NAE_ERA_R-2362_Emakeele_Selts, lk 5
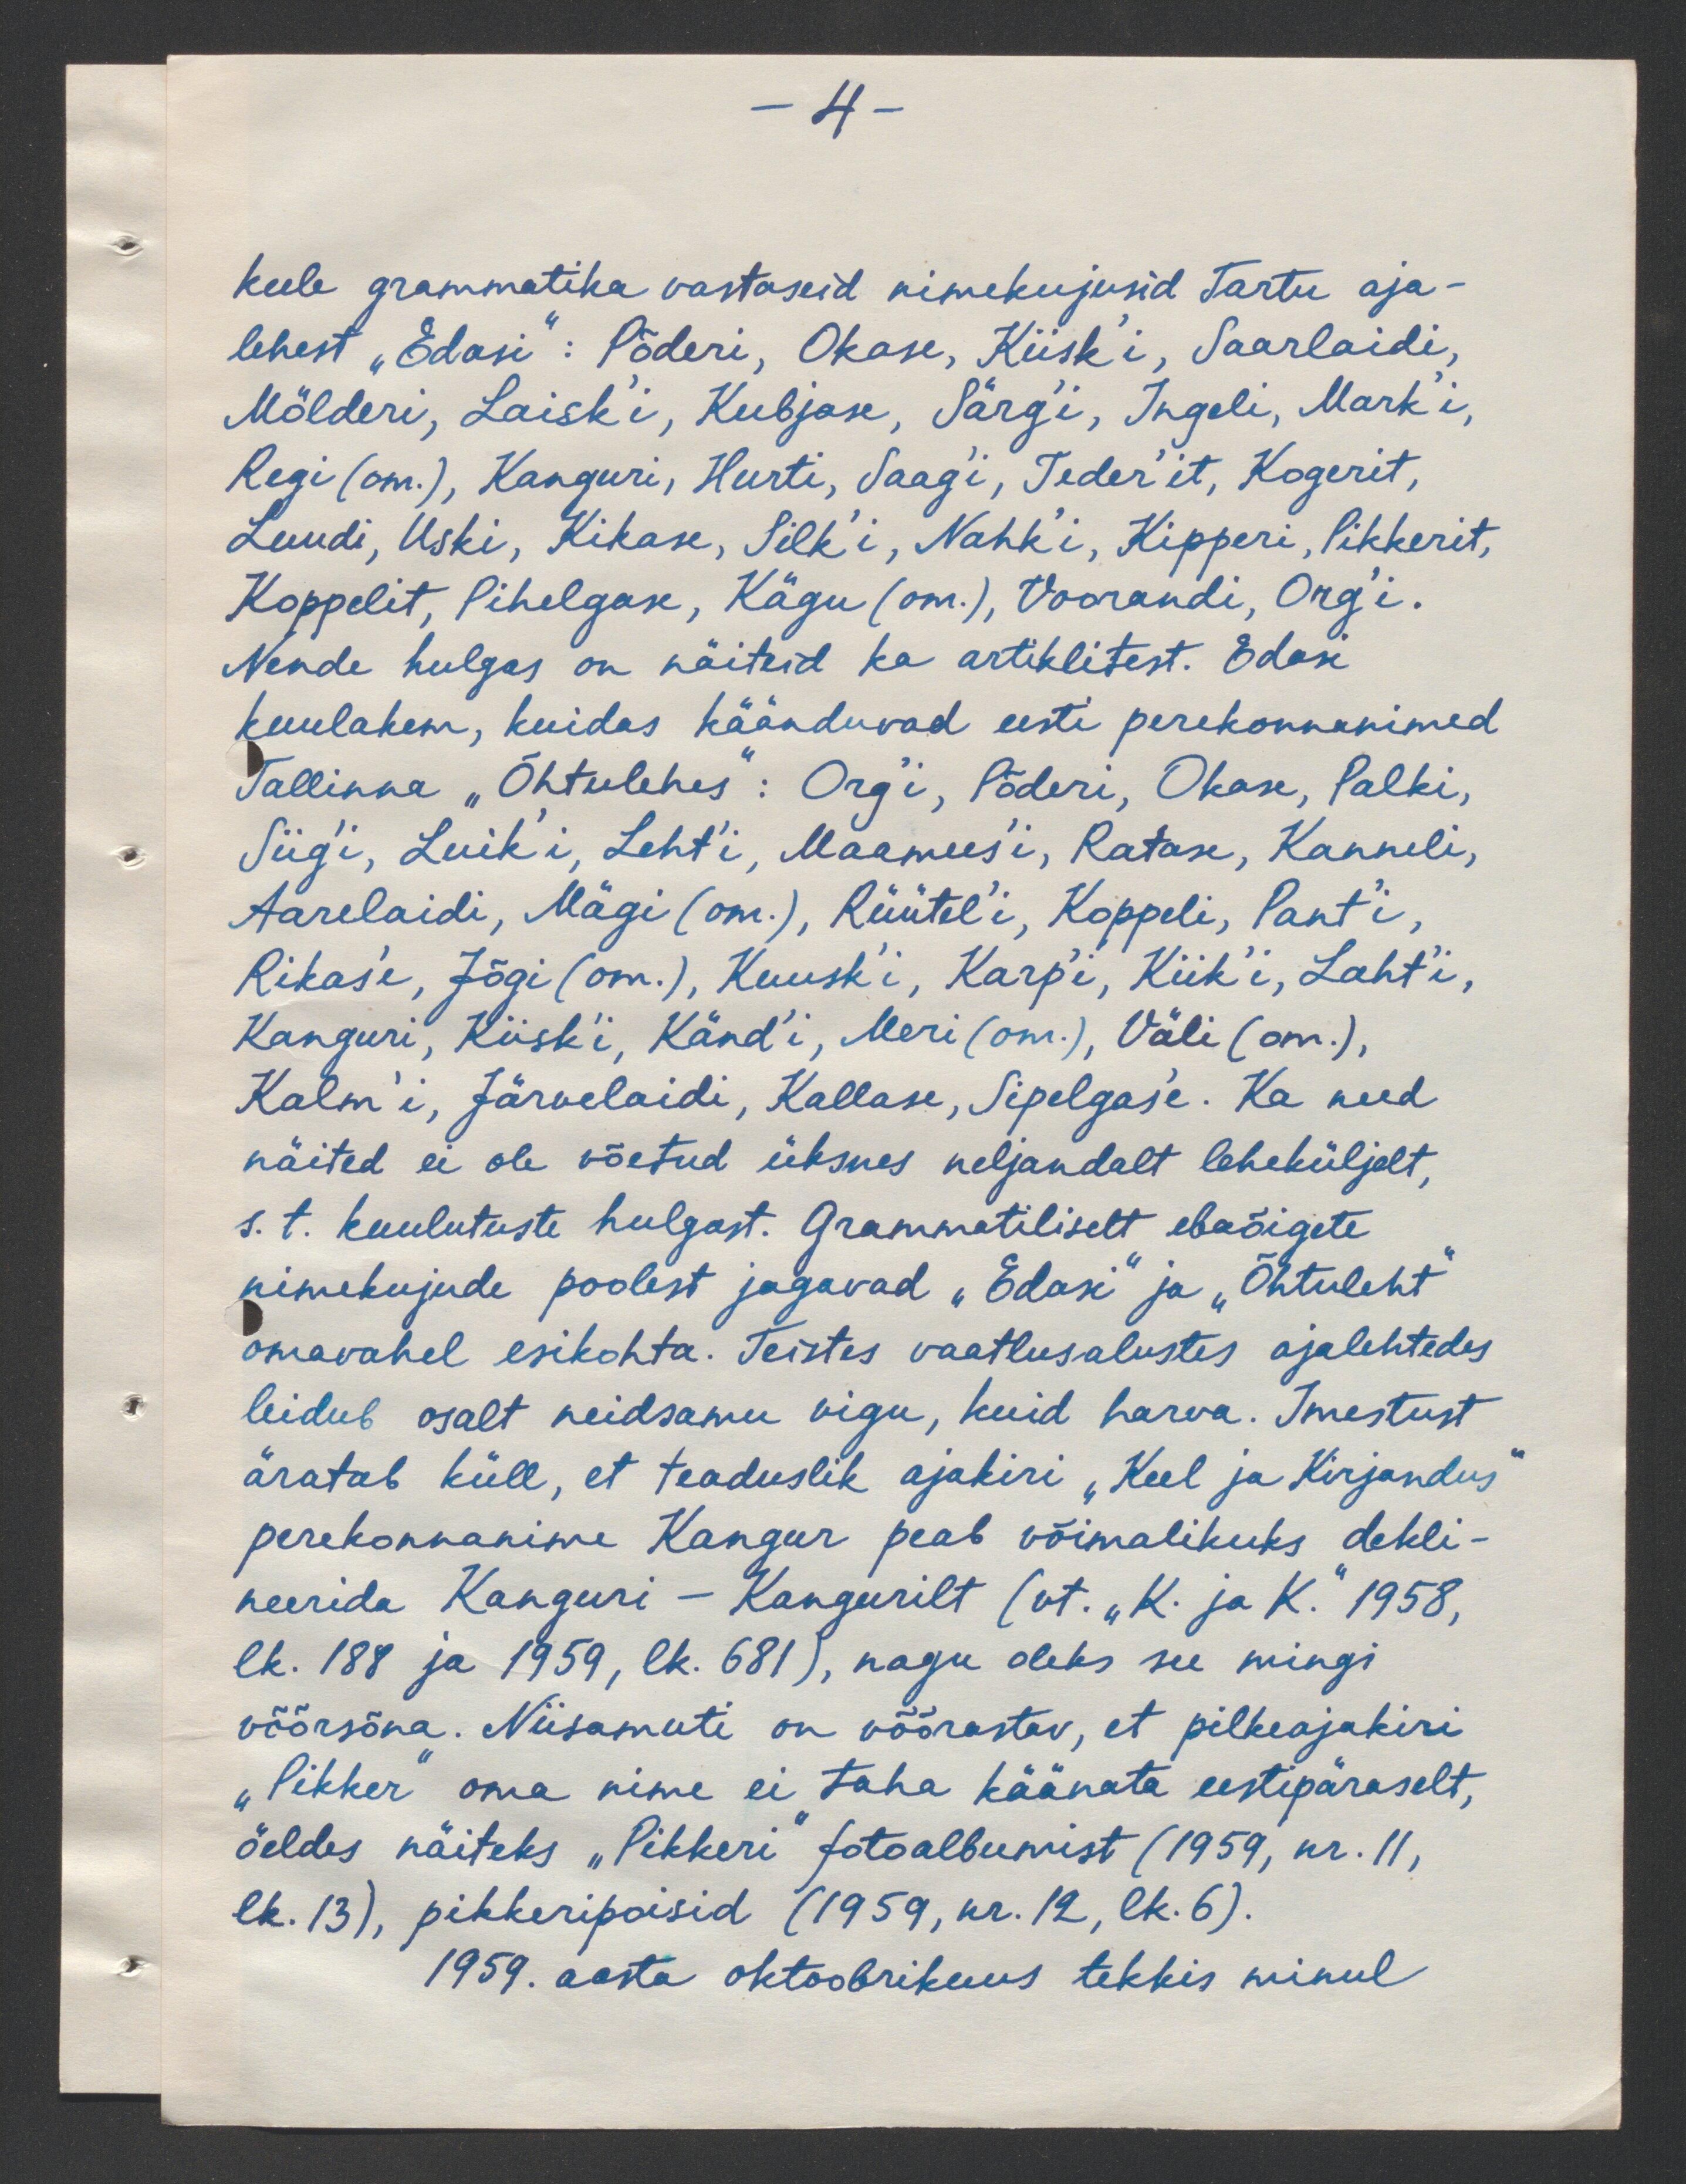
-4-
keele grammatika vastaseid nimekujusid Tartu aja-
lehest "Edasi": Põderi, Okase, Kiisk'i, Saarlaidi,
Mölderi, Laisk'i, Kubjase, Särg'i, Ingeli, Mark'i,
Regi (om.), Kanguri, Hurti, Saag'i, Teder'it, Kogerit,
Luudi, Uski, Kikase, Silk'i, Nahk'i, Kipperi, Pikkerit,
Koppelit, Pihelgase, Kägu (om.), Voorandi, Org'i.
Nende hulgas on näiteid ka artiklitest. Edasi
kuulakem, kuidas käänduvad eesti perekonnanimed
Tallinna "Õhtulehes": Orgi', Põderi, Okan, Palki,
Siig'i, Luik'i, Leht'i, Maamees'i, Ratase, Kanneli,
Aarelaidi, Mägi (om.), Rüütel'i, Koppeli, Pant'i,
Rikas'e, Jõgi (оm.), Kuusk'i, Karp'i, Kiik'i, Laht'i,
Kanguri, Kiisk'i, Känd'i, Meri (om), Väli (om.),
Kalm'i, Järvelaidi, Kallase, Sigelgas'e. Ka need
näited ei ole võetud üksnes neljandalt leheküljelt,
s. t. kuulutuste hulgast. Grammatiliselt ebaõigete
nimekujude poolest jagavad "Edasi" ja "Õhtuleht"
omavahel esikohta. Teistes vaatlusalustes ajalehtedes
leidub osalt neidsamu vigu, kuid harva. Imestust
äratab küll, et teaduslik ajakiri "Keel ja Kirjandus"
perekonnanime Kangur peab võimalikuks dekli-
neerida Kanguri - Kangurilt (vt. "K. ja K." 1958,
lk. 188 ja 1959, lk. 681), nagu oleks see mingi
võõrsõna. Niisamuti on võõrastav, et pilkeajakiri
"Pikker" oma nime ei taha käänata eestipäraselt,
öeldes näiteks "Pikkeri" fotoalbumist (1959, nr. 11,
lk. 13), pikkeripoisid (1959, kr. 12, lk. 6).
1959. aasta oktoobrikuus tekkis minul